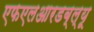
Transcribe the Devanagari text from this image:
एफएलआरडब्ल्यू